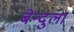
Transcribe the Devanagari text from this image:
बेन्दुला